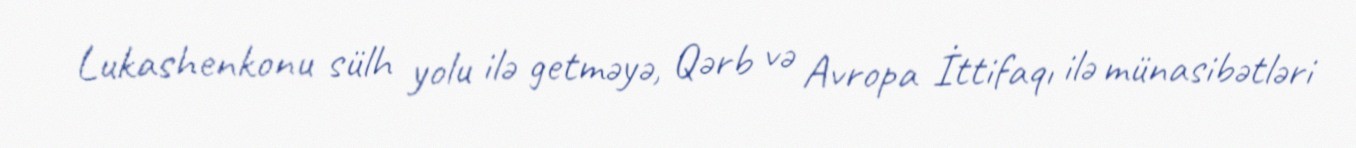
Lukashenkonu sülh yolu ilə getməyə, Qərb və Avropa İttifaqı ilə münasibətləri